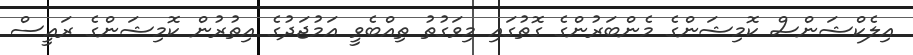
އިލެކްޝަންސް ކޮމިޝަންގެ މެންބަރުންގެ ގޮތުގައި މިވަގުތު ތިއްބެވީ އަމުޖަދުގެ އިތުރުން ކޮމިޝަންގެ ރައީސް